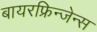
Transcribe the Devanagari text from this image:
बायरफ्रिन्जेन्स